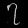
Digit: ၇